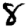
Digit: 8